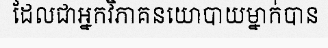
ដែលជាអ្នកវិភាគនយោបាយម្នាក់បាន